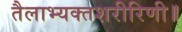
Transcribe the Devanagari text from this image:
तैलाभ्यक्तशरीरिणी॥